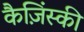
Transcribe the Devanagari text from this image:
कैज़िंस्की